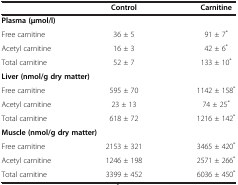
<table><thead><tr><td><b> </b></td><td><b>Control</b></td><td><b>Carnitine</b></td></tr></thead><tbody><tr><td colspan="3"><b>Plasma </b><b>(μmol/l)</b></td></tr><tr><td>Free carnitine</td><td>36 ± 5</td><td>91 ± 7<sup>*</sup></td></tr><tr><td>Acetyl carnitine</td><td>16 ± 3</td><td>42 ± 6<sup>*</sup></td></tr><tr><td>Total carnitine</td><td>52 ± 7</td><td>133 ± 10<sup>*</sup></td></tr><tr><td colspan="3"><b>Liver </b><b>(nmol/g dry matter)</b></td></tr><tr><td>Free carnitine</td><td>595 ± 70</td><td>1142 ± 158<sup>*</sup></td></tr><tr><td>Acetyl carnitine</td><td>23 ± 13</td><td>74 ± 25<sup>*</sup></td></tr><tr><td>Total carnitine</td><td>618 ± 72</td><td>1216 ± 142<sup>*</sup></td></tr><tr><td colspan="3"><b>Muscle </b><b>(nmol/g dry matter)</b></td></tr><tr><td>Free carnitine</td><td>2153 ± 321</td><td>3465 ± 420<sup>*</sup></td></tr><tr><td>Acetyl carnitine</td><td>1246 ± 198</td><td>2571 ± 266<sup>*</sup></td></tr><tr><td>Total carnitine</td><td>3399 ± 452</td><td>6036 ± 450<sup>*</sup></td></tr></tbody></table>